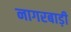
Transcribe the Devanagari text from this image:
नागरबाड़ी